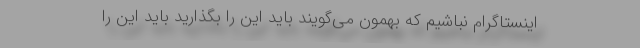
اینستاگرام نباشیم که بهمون می‌گویند باید این را بگذارید باید این را